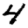
Digit: 4